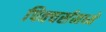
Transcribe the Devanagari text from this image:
पिक्‍चर्समध्ये